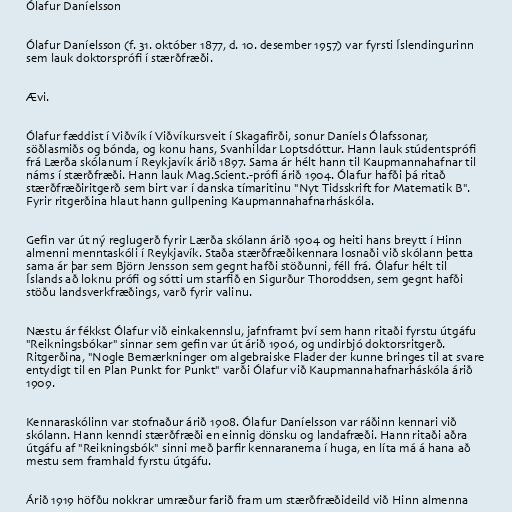
Ólafur Daníelsson

Ólafur Daníelsson (f. 31. október 1877, d. 10. desember 1957) var fyrsti Íslendingurinn
sem lauk doktorsprófi í stærðfræði.

Ævi.

Ólafur fæddist í Viðvík í Viðvíkursveit í Skagafirði, sonur Daníels Ólafssonar,
söðlasmiðs og bónda, og konu hans, Svanhildar Loptsdóttur. Hann lauk stúdentsprófi
frá Lærða skólanum í Reykjavík árið 1897. Sama ár hélt hann til Kaupmannahafnar til
náms í stærðfræði. Hann lauk Mag.Scient.-prófi árið 1904. Ólafur hafði þá ritað
stærðfræðiritgerð sem birt var í danska tímaritinu "Nyt Tidsskrift for Matematik B".
Fyrir ritgerðina hlaut hann gullpening Kaupmannahafnarháskóla.

Gefin var út ný reglugerð fyrir Lærða skólann árið 1904 og heiti hans breytt í Hinn
almenni menntaskóli í Reykjavík. Staða stærðfræðikennara losnaði við skólann þetta
sama ár þar sem Björn Jensson sem gegnt hafði stöðunni, féll frá. Ólafur hélt til
Íslands að loknu prófi og sótti um starfið en Sigurður Thoroddsen, sem gegnt hafði
stöðu landsverkfræðings, varð fyrir valinu.

Næstu ár fékkst Ólafur við einkakennslu, jafnframt því sem hann ritaði fyrstu útgáfu
"Reikningsbókar" sinnar sem gefin var út árið 1906, og undirbjó doktorsritgerð.
Ritgerðina, "Nogle Bemærkninger om algebraiske Flader der kunne bringes til at svare
entydigt til en Plan Punkt for Punkt" varði Ólafur við Kaupmannahafnarháskóla árið
1909.

Kennaraskólinn var stofnaður árið 1908. Ólafur Daníelsson var ráðinn kennari við
skólann. Hann kenndi stærðfræði en einnig dönsku og landafræði. Hann ritaði aðra
útgáfu af "Reikningsbók" sinni með þarfir kennaranema í huga, en líta má á hana að
mestu sem framhald fyrstu útgáfu.

Árið 1919 höfðu nokkrar umræður farið fram um stærðfræðideild við Hinn almenna